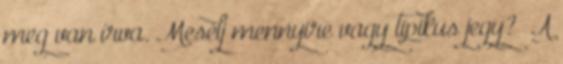
meg van írva. Mesélj mennyire vagy tipikus jegy? „A